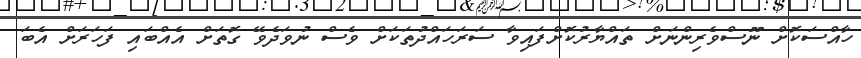
ހާއްސަކޮށް ނޫސްވެރިންނަށް ތައްޔާރުކޮށްފައިވާ ސަރަހައްދުތަކަށް ވެސް ނުވަދެވޭ ގޮތަށް އެއްބައި ފަހަރަށް އެބަ